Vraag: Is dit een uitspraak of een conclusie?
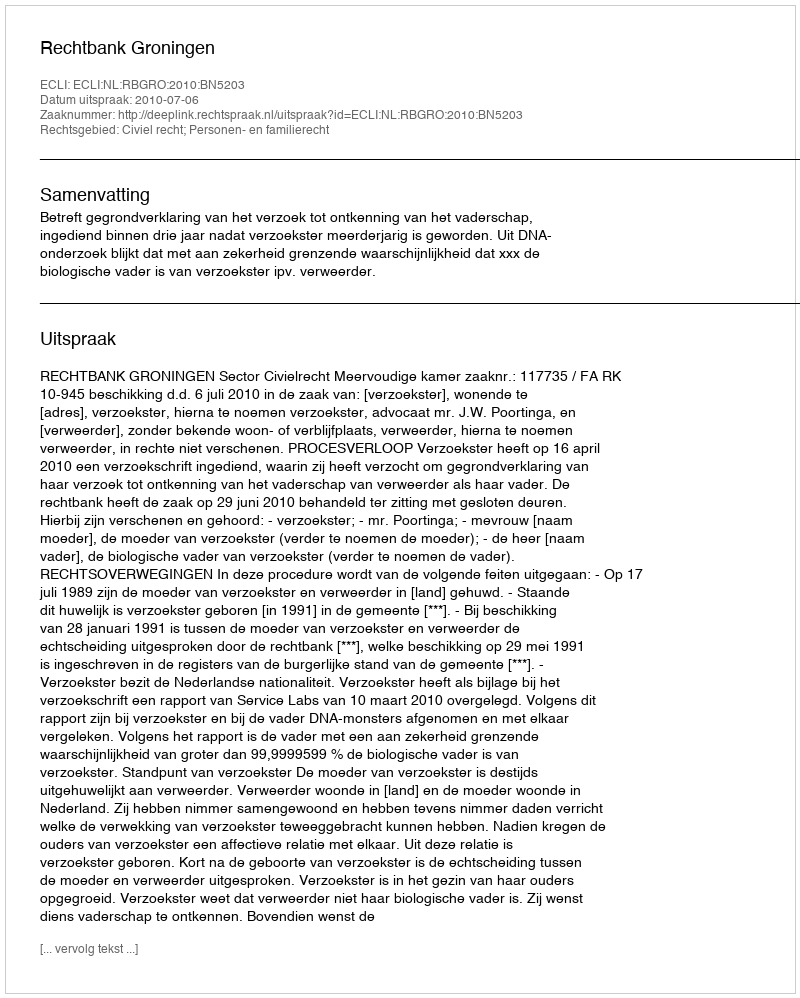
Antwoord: Uitspraak